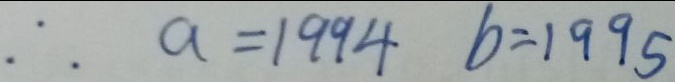
\therefore a = 1 9 9 4 b = 1 9 9 5